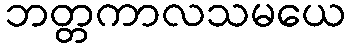
ဘတ္တကာလသမယေ